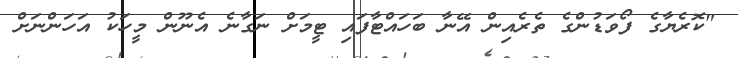
"ކޮރެޔާގެ ފޯވަޑުންގެ ތެރެއިން އޭނާ ބަހައްޓާފައި ޓީމަށް ނަގާނެ އެނޫން މީހަކު އަހަންނަށް